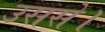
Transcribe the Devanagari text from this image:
उससे।